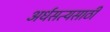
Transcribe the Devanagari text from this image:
अर्धसत्यसाठी